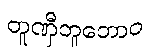
တူဏှီဘူတောဝ